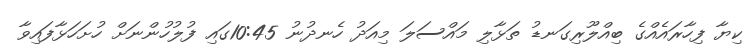
ކިޔާ ފިހާރައެއްގެ ބިއްލޫރިގަނޑު ތަޅާލި މައްސަލަ މިއަދު ހެނދުނު 10:45ގައި ފުލުހުންނަށް ހުށަހަޅާފައިވާ